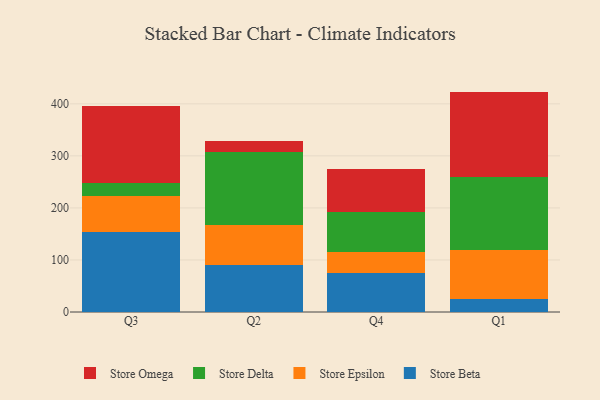
{"axis": {"x": "Quarter", "y": "Population (Million)"}, "legend": ["Store Beta", "Store Delta", "Store Epsilon", "Store Omega"], "data": [{"x": "Q3", "y": 153.8, "type": "Store Beta"}, {"x": "Q3", "y": 69.0, "type": "Store Epsilon"}, {"x": "Q3", "y": 25.0, "type": "Store Delta"}, {"x": "Q3", "y": 148.7, "type": "Store Omega"}, {"x": "Q2", "y": 90.7, "type": "Store Beta"}, {"x": "Q2", "y": 77.4, "type": "Store Epsilon"}, {"x": "Q2", "y": 139.1, "type": "Store Delta"}, {"x": "Q2", "y": 21.9, "type": "Store Omega"}, {"x": "Q4", "y": 75.2, "type": "Store Beta"}, {"x": "Q4", "y": 40.6, "type": "Store Epsilon"}, {"x": "Q4", "y": 76.0, "type": "Store Delta"}, {"x": "Q4", "y": 83.9, "type": "Store Omega"}, {"x": "Q1", "y": 24.9, "type": "Store Beta"}, {"x": "Q1", "y": 94.0, "type": "Store Epsilon"}, {"x": "Q1", "y": 139.6, "type": "Store Delta"}, {"x": "Q1", "y": 165.0, "type": "Store Omega"}]}